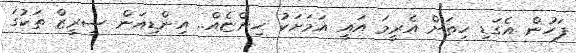
ފަހުން އެގަޑި ހިތަށް އެރީމަ އައީ އަމަށަކު ހިންޏެއް.. އިންޑިއަން ސީރީޒް ތަކުގަ